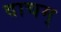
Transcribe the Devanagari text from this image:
वाचम्